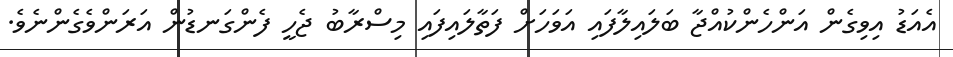
އެއަޑު އިވިގެން އަންހެންކުއްޖާ ބަލައިލާފައި އަވަހަށް ފަތާލައިފައި މިސްރާބު ޖެހީ ފެންގަނޑުން އަރަންވެގެންނެވެ.